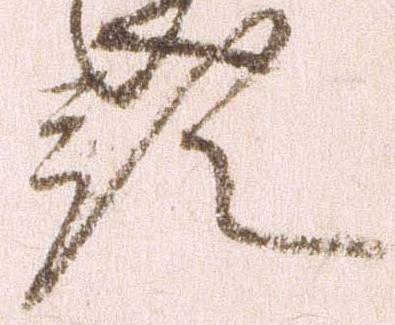
預